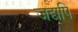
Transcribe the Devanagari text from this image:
जद्यपि